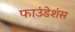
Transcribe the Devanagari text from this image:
फाउंडेशंस